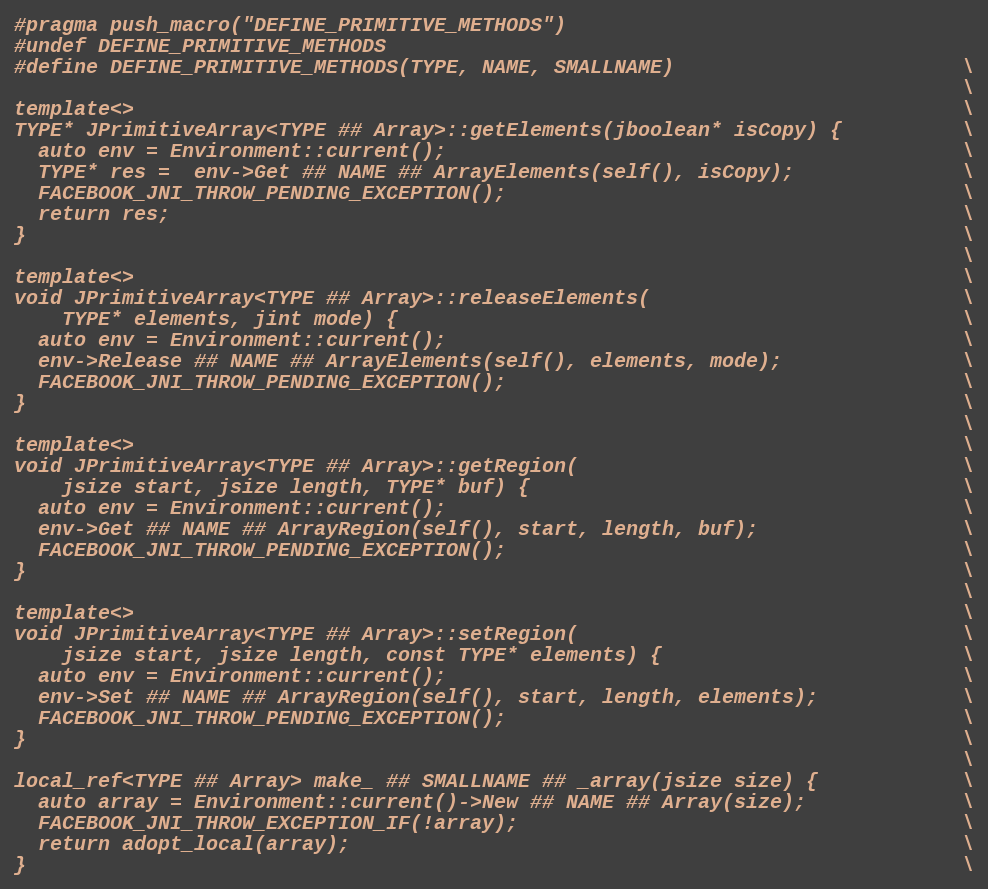
Language: C++
#pragma push_macro("DEFINE_PRIMITIVE_METHODS")
#undef DEFINE_PRIMITIVE_METHODS
#define DEFINE_PRIMITIVE_METHODS(TYPE, NAME, SMALLNAME)                        \
                                                                               \
template<>                                                                     \
TYPE* JPrimitiveArray<TYPE ## Array>::getElements(jboolean* isCopy) {          \
  auto env = Environment::current();                                           \
  TYPE* res =  env->Get ## NAME ## ArrayElements(self(), isCopy);              \
  FACEBOOK_JNI_THROW_PENDING_EXCEPTION();                                      \
  return res;                                                                  \
}                                                                              \
                                                                               \
template<>                                                                     \
void JPrimitiveArray<TYPE ## Array>::releaseElements(                          \
    TYPE* elements, jint mode) {                                               \
  auto env = Environment::current();                                           \
  env->Release ## NAME ## ArrayElements(self(), elements, mode);               \
  FACEBOOK_JNI_THROW_PENDING_EXCEPTION();                                      \
}                                                                              \
                                                                               \
template<>                                                                     \
void JPrimitiveArray<TYPE ## Array>::getRegion(                                \
    jsize start, jsize length, TYPE* buf) {                                    \
  auto env = Environment::current();                                           \
  env->Get ## NAME ## ArrayRegion(self(), start, length, buf);                 \
  FACEBOOK_JNI_THROW_PENDING_EXCEPTION();                                      \
}                                                                              \
                                                                               \
template<>                                                                     \
void JPrimitiveArray<TYPE ## Array>::setRegion(                                \
    jsize start, jsize length, const TYPE* elements) {                         \
  auto env = Environment::current();                                           \
  env->Set ## NAME ## ArrayRegion(self(), start, length, elements);            \
  FACEBOOK_JNI_THROW_PENDING_EXCEPTION();                                      \
}                                                                              \
                                                                               \
local_ref<TYPE ## Array> make_ ## SMALLNAME ## _array(jsize size) {            \
  auto array = Environment::current()->New ## NAME ## Array(size);             \
  FACEBOOK_JNI_THROW_EXCEPTION_IF(!array);                                     \
  return adopt_local(array);                                                   \
}                                                                              \